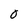
Character: 0